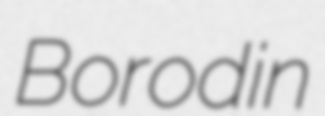
Borodin